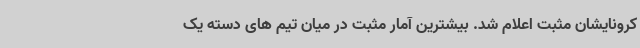
کرونایشان مثبت اعلام شد. بیشترین آمار مثبت در میان تیم های دسته یک